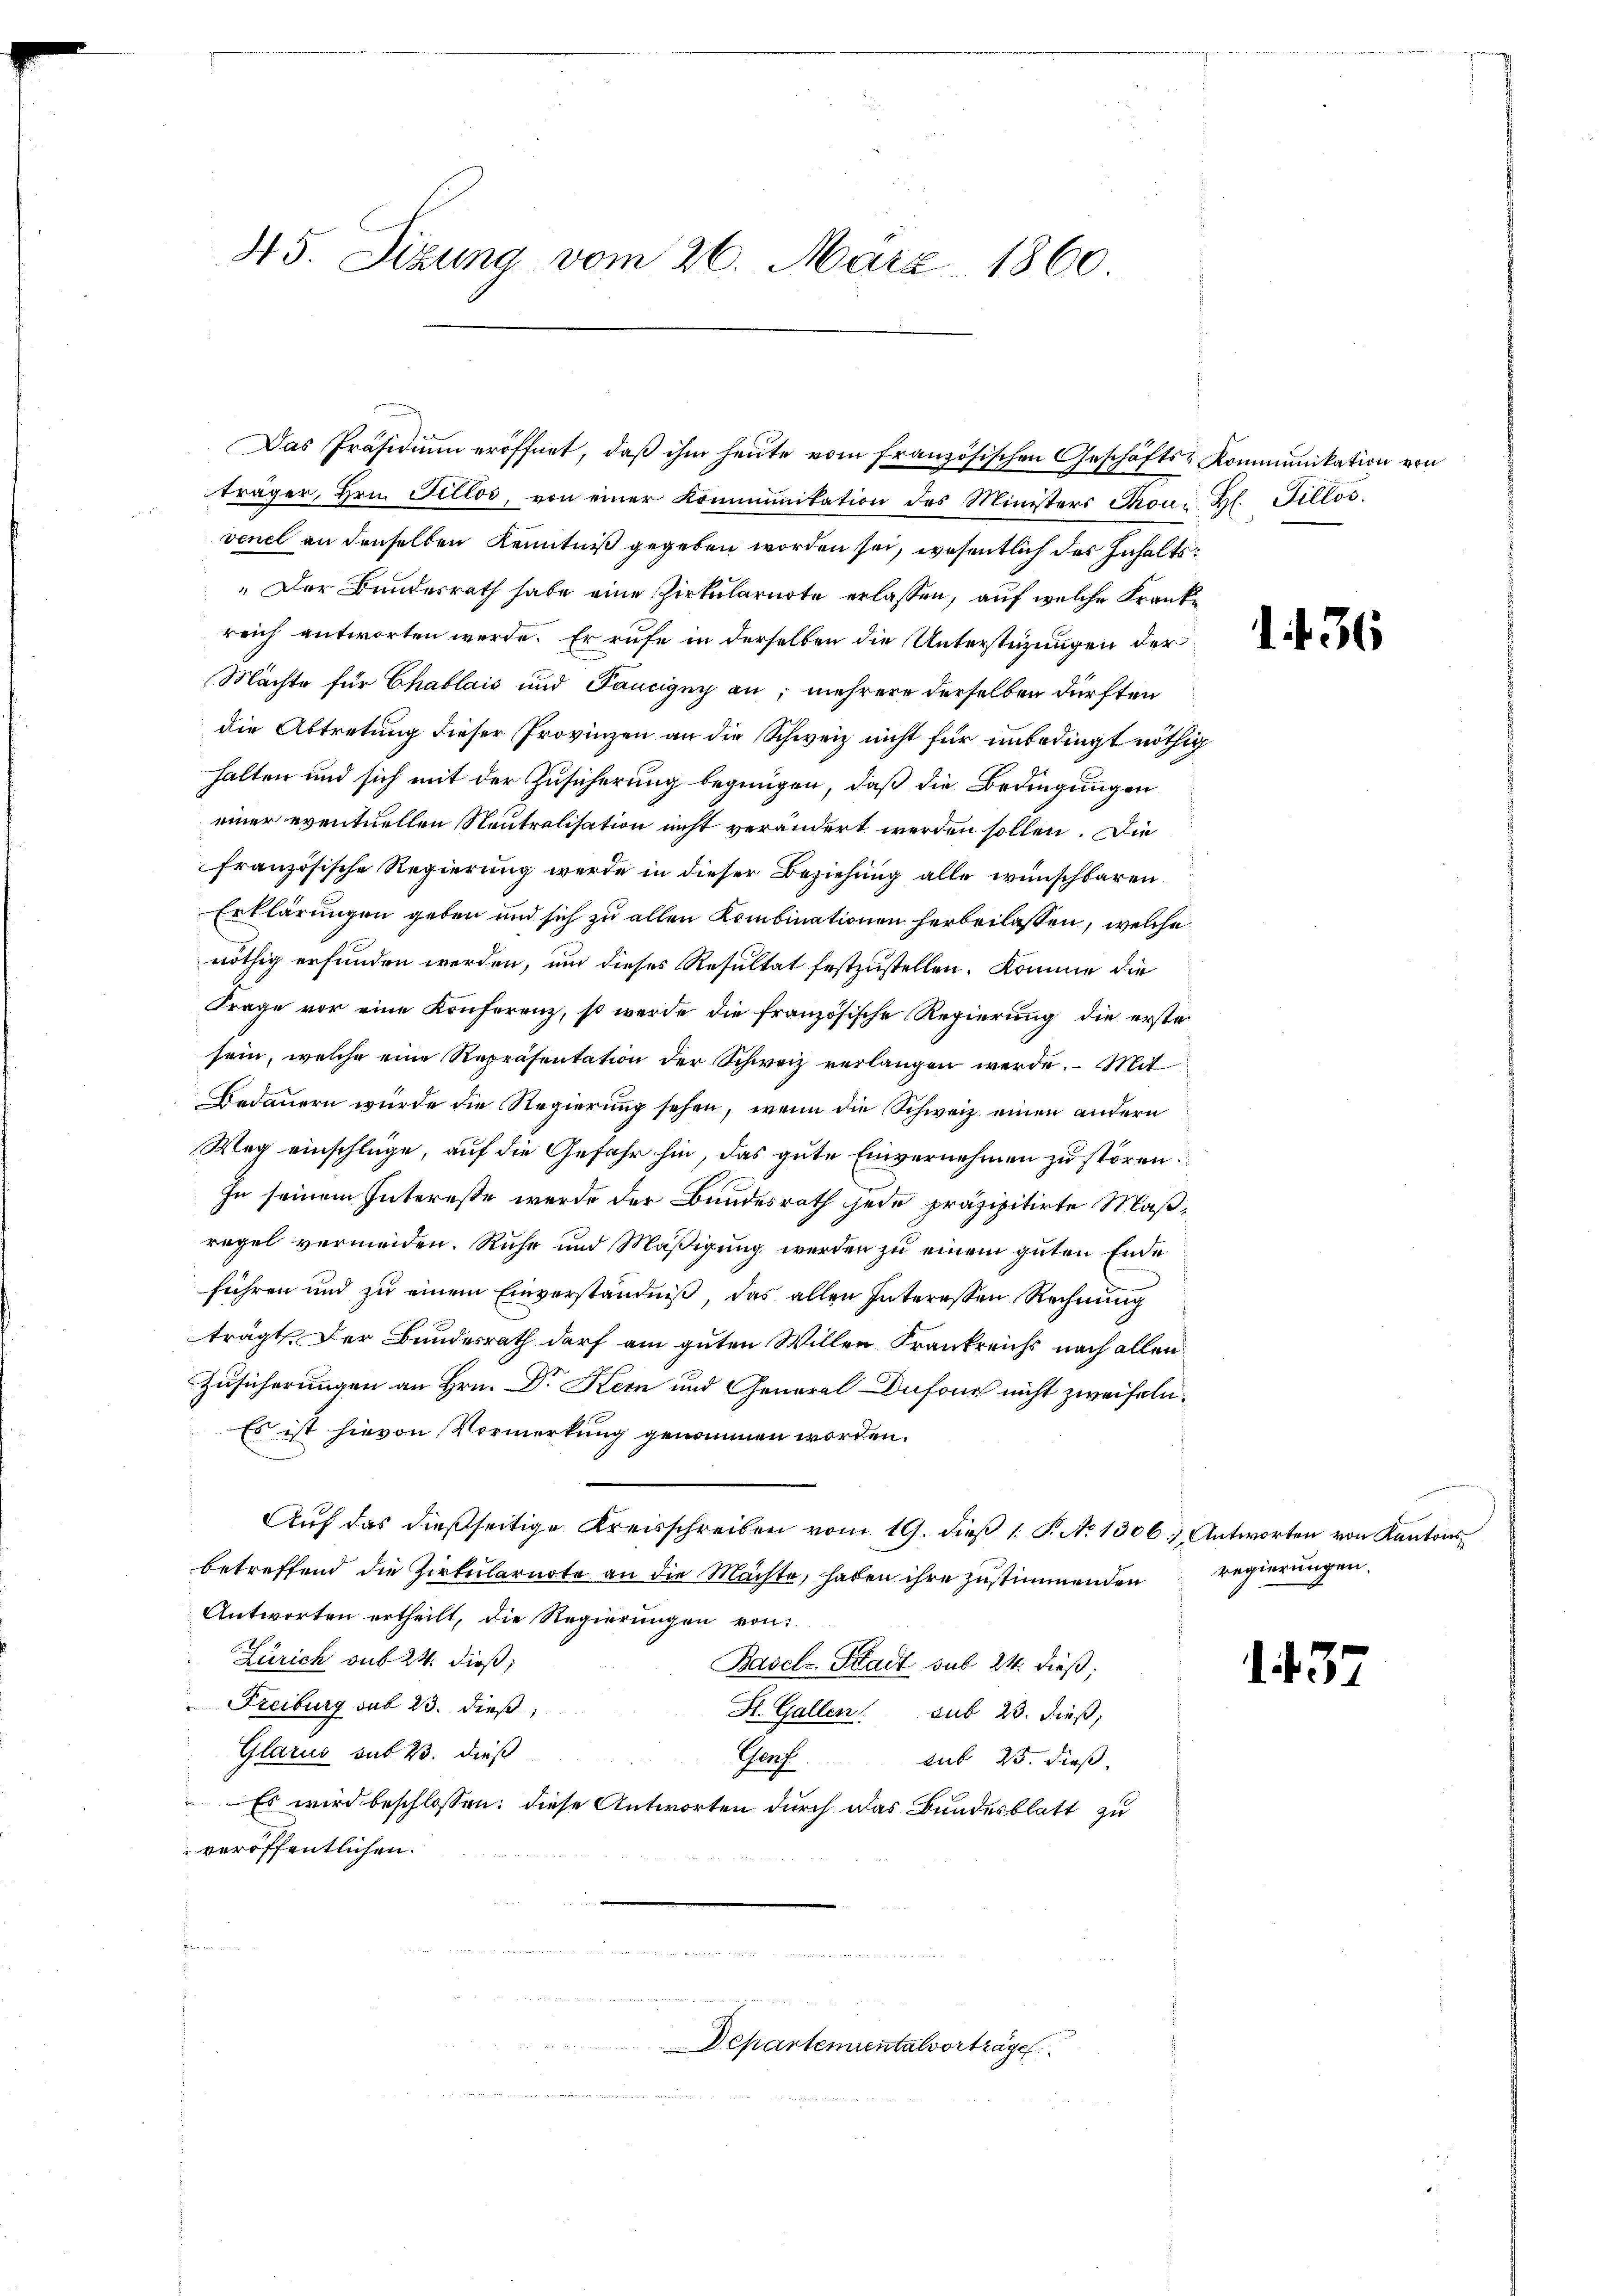
45. Sizung vom 26. März 1860

träger, Hrn. Fillos, von einer Kommunikation des Ministers Thons Hl. Fillos.
venel an denselben Kenntniß gegeben worden sei, wesentlich des Inhalts:
„Der Bundesrath habe eine Zirkularirte erlassen, auf welche Krankreich antworten werde. Er rufe in derselben die Unterstüzungen der
Mächte für Chablais und Pancigny an; mehrere derselben dürften
die Abtretung dieser Provinzen an die Schweiz nicht für unbedingt nöthig
halten und sich mit der Zusicherung begnügen, daß die Bedingungen
einer eventuellen Neutralisation nicht verändert werden sollen. Die
französische Regierung werde in dieser Beziehung alle wünschbaren
Erklärungen geben und sich zu allen Kombinationen herbeilassen, welche
nöthig erfunden werden, um dieses Resultat festzustellen. Komme die
Frage vor eine Konferenz, so werde die französische Regierung die erste
sein, welche eine Repräsentation der Schweiz verlangen werde. Mit
Bedauern wurde die Regierung sehen, wenn die Schweiz einen andern
Weg einschlüge, auf die Gefahr hin, das gute Einvernehmen zu stören.
In seinem Interesse werde der Bundesrath jede präzipitirte Maßregel vermeiden. Ruhe und Mäßigung werden zu einem guten Ende
führen und zu einem Einverständniß, das allen Interessen Rechnung
trägt. Der Bundesrath darf am guten Willen Frankreichs nach allen
Zusicherungen an Hrn. Dr Kern und General-Dufour nicht zweifeln.
Es ist hievon Vormerkung genommen worden.
Aŭf das dießseitige Kreisschreiben vom 19. dieβ 1. P. N. 1306) Antworten von Kantons
betreffend die Zirkularnote an die Machte, haben ihre zustimmenden
Antworten ertheilt, die Regierungen von
Zürich sub 24. dieß,
Basel-Stadt sub 24. dieß,
Freiburg sub 23. dieß,
St. Gallen sub 23. dieß,
Glarus sub 23. dieß
Porf
sub 25. dieß.
Es wird beschlossen: diese Antworten durch das Bundesblatt zu
veröffentlichen.

Das Präsidium eröffnet, daβ ihm heute vom französischen Geschäfts-Kommunikation von

Departementalvorträge

1. 436

regierungen.

1. 437